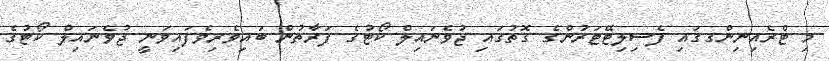
މި ޓްރެއިނިންގގައި ފެސިލިޓޭޓަރުންގެ ގޮތުގައި ޖުވެނައިލް ކޯޓުގެ ފަރާތުން ބައިވެރިވެފައިވަނީ ޖުވެނައިލް ކޯޓުގެ